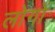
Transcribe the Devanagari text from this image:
लोगोंॱ